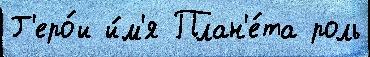
Г'еро́и и́м'я План'е́та роль